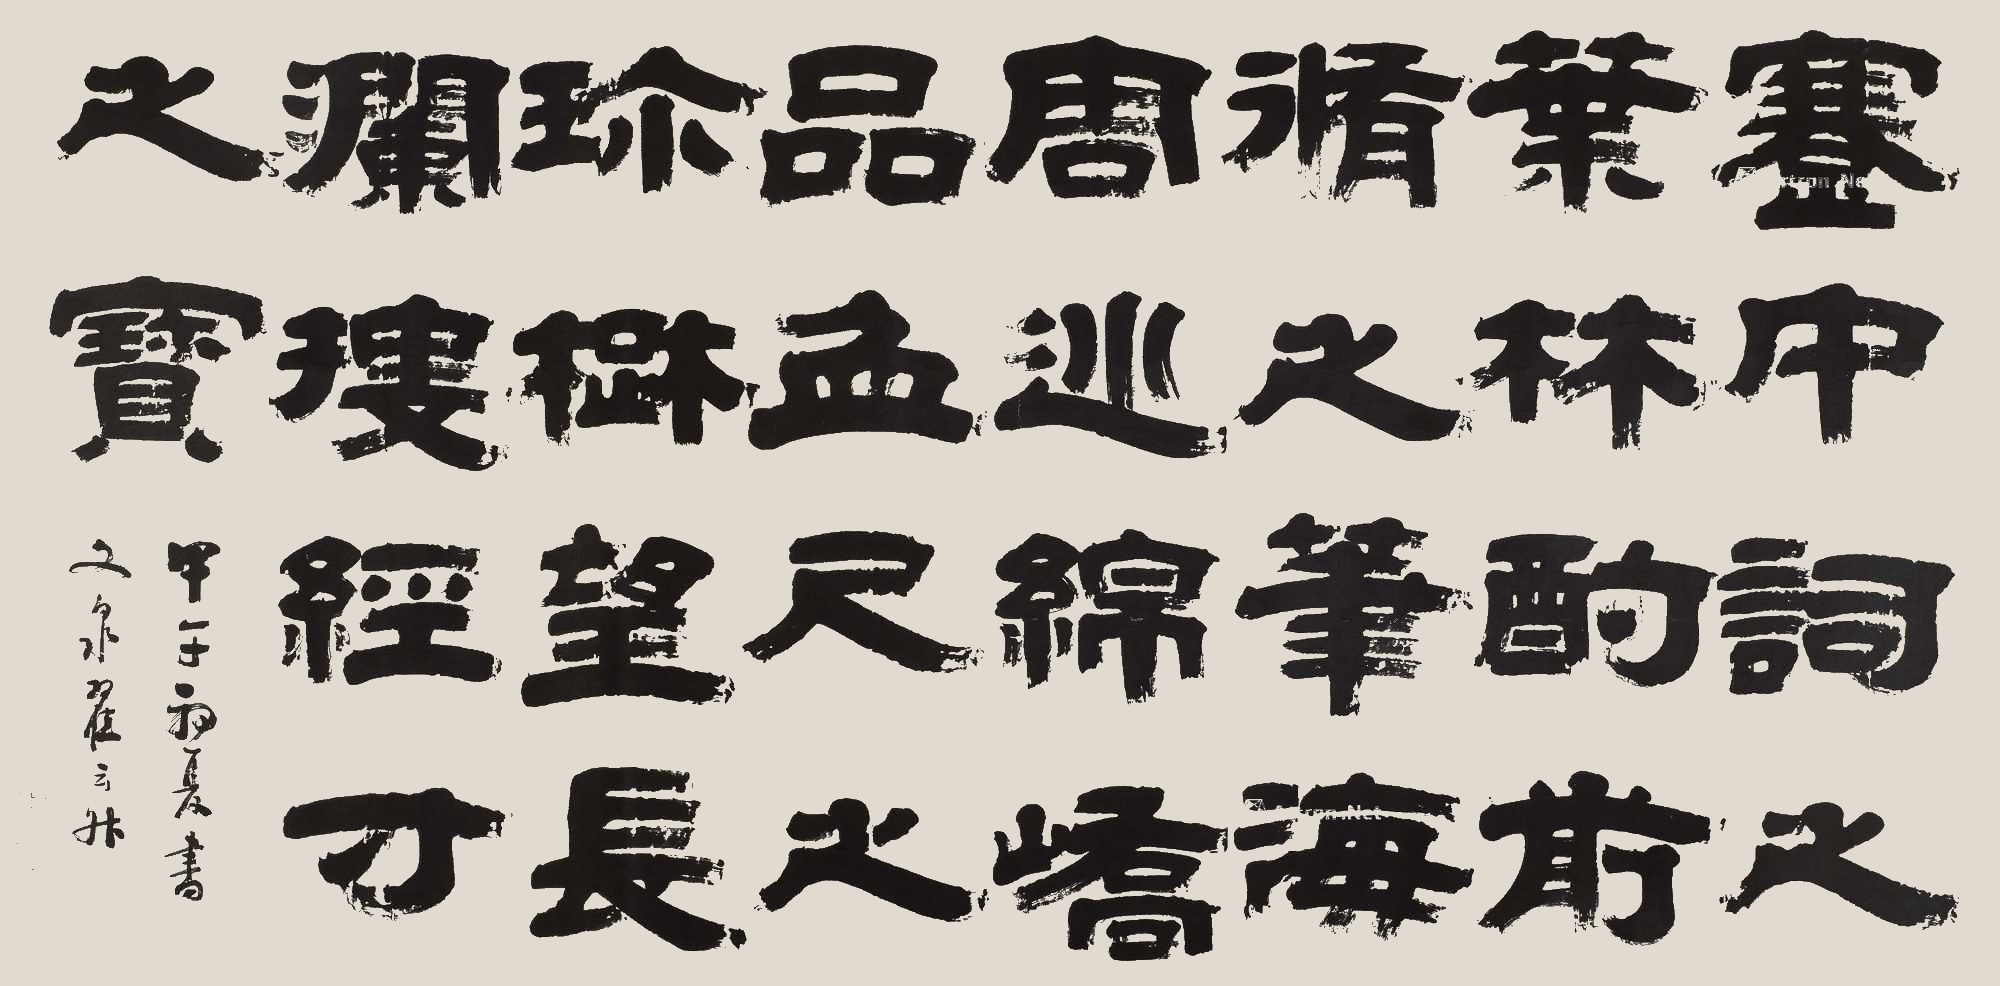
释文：蹇中词之叶林，酌前修之笔海。周巡绵峤，品血尺之珍树，望长澜，搜经寸之宝。甲午初夏书，文泉翟云升。